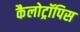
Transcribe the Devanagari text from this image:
कैलोट्रॉपिस